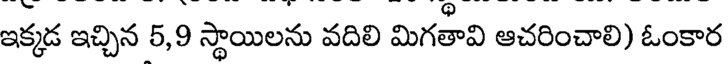
ఇక్కడ ఇచ్చిన 5,9 స్థాయిలను వదిలి మిగతావి ఆచరించాలి) ఓంకార